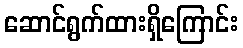
ဆောင်ရွက်ထားရှိကြောင်း